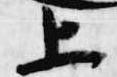
上